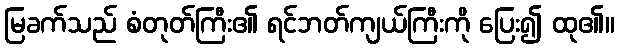
မြခက်သည် စံတုတ်ကြီး၏ ရင်ဘတ်ကျယ်ကြီးကို ပြေး၍ ထု၏။